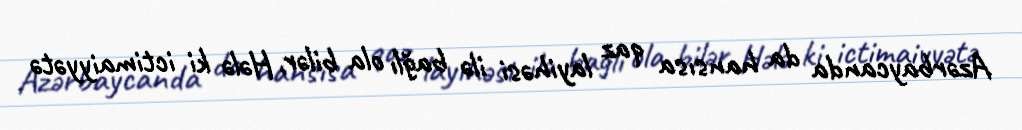
Azərbaycanda da hansısa qaz layihəsi ilə bağlı ola bilər, Hələ ki ictimaiyyətə